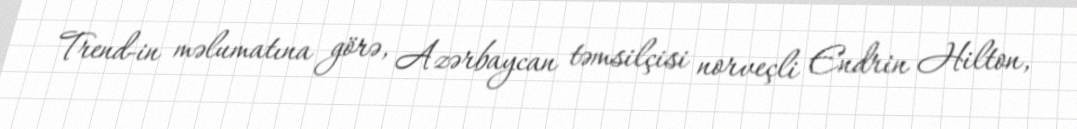
Trend-in məlumatına görə, Azərbaycan təmsilçisi norveçli Endrin Hilton,